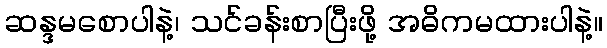
ဆန္ဒမစောပါနဲ့၊ သင်ခန်းစာပြီးဖို့ အဓိကမထားပါနဲ့။